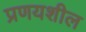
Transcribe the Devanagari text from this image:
प्रणयशील